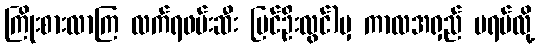
ကြိုးစားလာကြ လက်ရဖမ်းဆီး ပြင်ဦးလွင်)မှ ကာလအရှည် မရပ်လို့